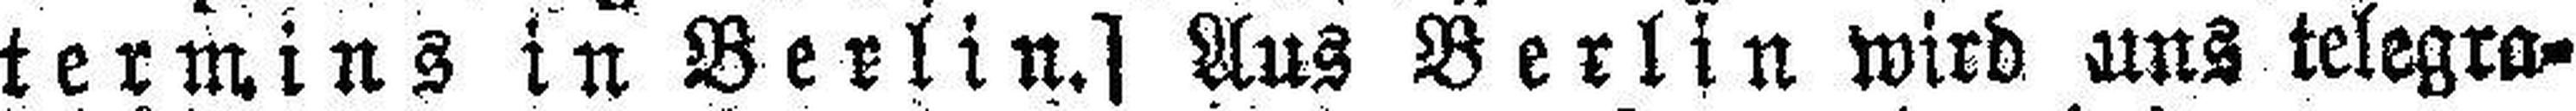
termins in Berlin.] Aus Berlin wird uns telegra¬